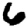
Digit: 6